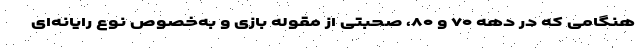
هنگامی که در دهه ۷۰ و ۸۰، صحبتی از مقوله بازی و به‌خصوص نوع رایانه‌ای